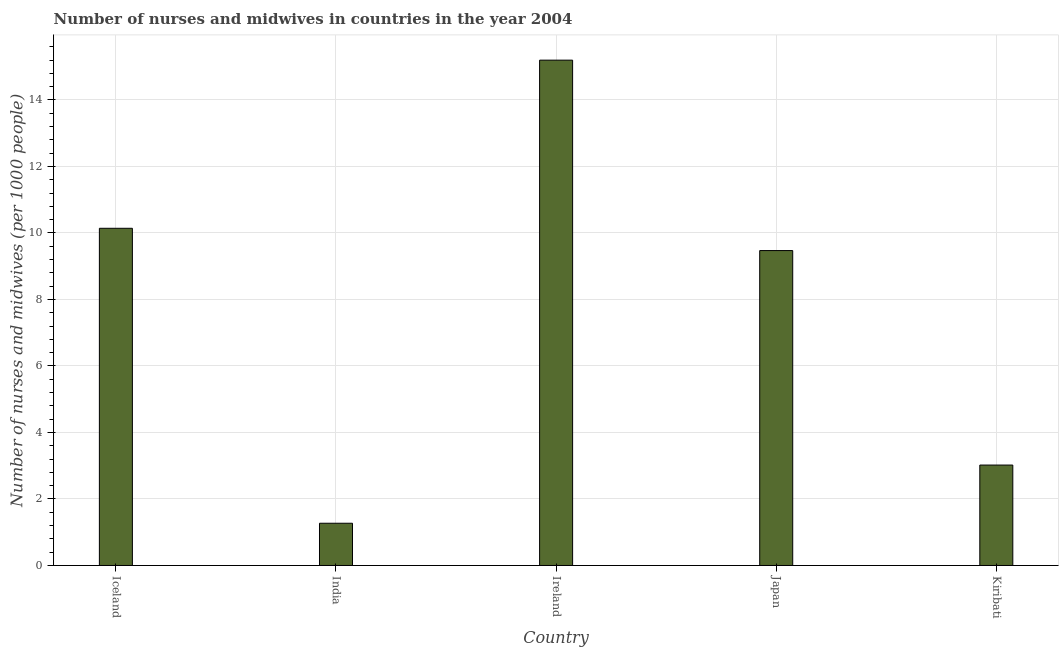
| Country | Nurses and midwives |
 | --- | --- |
 | Iceland | 10.1 |
 | India | 1.27 |
 | Ireland | 15.2 |
 | Japan | 9.47 |
 | Kiribati | 3.02 |